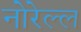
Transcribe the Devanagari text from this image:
नोरेल्ल